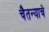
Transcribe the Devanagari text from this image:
चैतन्याचे